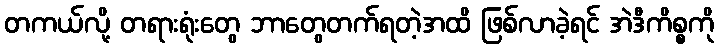
တကယ်လို့ တရားရုံးတွေ ဘာတွေတက်ရတဲ့အထိ ဖြစ်လာခဲ့ရင် အဲဒီကိစ္စကို